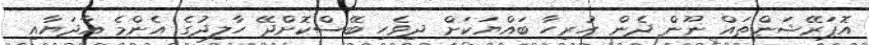
އޮޕަރޭޝަންތައް ނޫން ދެން ހުރިހާ ބައްޔަކަށް ދިވެހި ބޭސްކޮށްދޭ ހާލިދުގެ އެންމެ އާދަޔާއި